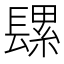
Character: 𮤄